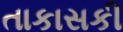
તાકાસકી